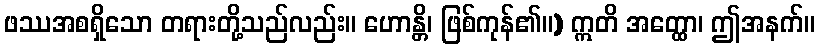
ဖဿအစရှိသော တရားတို့သည်လည်း။ ဟောန္တိ၊ ဖြစ်ကုန်၏။) ဣတိ အတ္ထော၊ ဤအနက်။